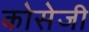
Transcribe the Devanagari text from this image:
कोसेजी